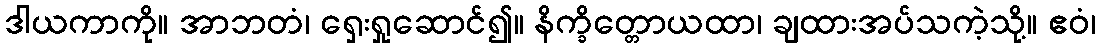
ဒါယကာကို။ အာဘတံ၊ ရှေးရှုဆောင်၍။ နိက္ခိတ္တောယထာ၊ ချထားအပ်သကဲ့သို့။ ဧဝံ၊